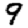
Digit: 9